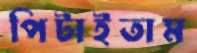
পিটাইতাম